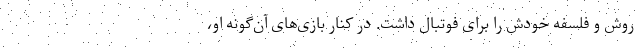
روش و فلسفه خودش را برای فوتبال داشت. در کنار بازی‌های آن‌گونه او،